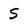
Character: S